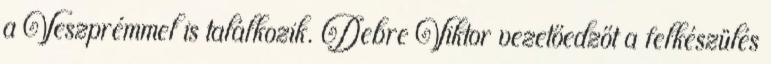
a Veszprémmel is találkozik. Debre Viktor vezetőedzőt a felkészülés